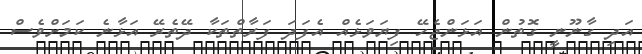
އަދި ގާނޫނީ ގޮތުން އަޅަންޖެހޭ ފިޔަވަޅެއް އެފަދަ ފަރާތްތަކާ ދޭތެރޭ އަޅާނެ ކަމަށްވެސް